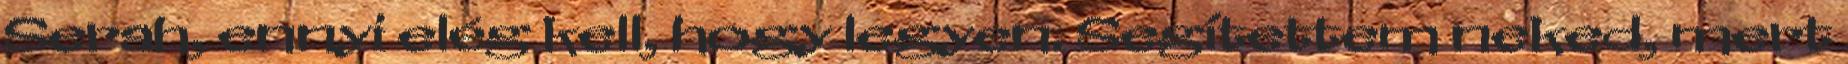
Serah, ennyi elég kell, hogy legyen. Segítettem neked, mert